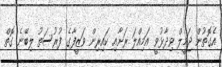
އެގޮތުން ޖަމީލް ވިދާޅުވީ އަމިއްލަ ރަށާއި ކައިރިން ވަޒީފާގެ ފުރުސަތު ލިބޭނެ ގޮތް